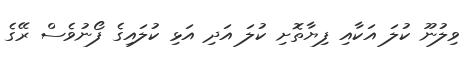
ވިލުނޫ ކުލަ އަކާއި ފިޔާތޮށި ކުލަ އަދި އަޅި ކުލައިގެ ފޯނުވެސް ރޭގެ